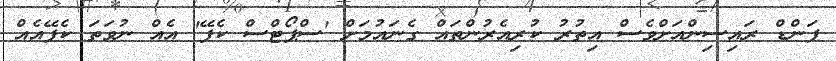
ފަންޑް ރައިސިންއަށްވެސް އިތުރު ކުރިއެރުންތައް ގެނައުމަށް 'ސްޕޯޓްސް ކެފޭ' އެއް ނުވަތަ ކެފޭއެއް